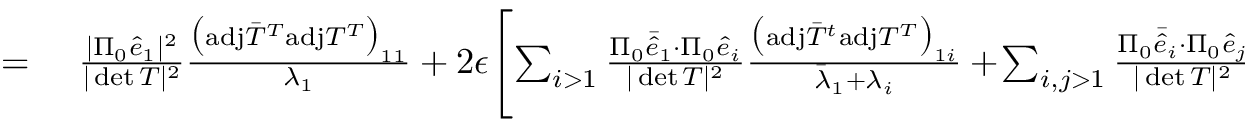
\begin{array} { r l } { = } & { { } ~ \frac { \vert \Pi _ { 0 } \hat { e } _ { 1 } \vert ^ { 2 } } { \vert \operatorname* { d e t } T \vert ^ { 2 } } \frac { \big ( \mathrm { a d j } \bar { T } ^ { T } \mathrm { a d j } T ^ { T } \big ) _ { 1 1 } } { \lambda _ { 1 } } + 2 \epsilon \! \left[ \sum _ { i > 1 } \frac { \Pi _ { 0 } \bar { \hat { e } } _ { 1 } \cdot \Pi _ { 0 } \hat { e } _ { i } } { \vert \operatorname* { d e t } T \vert ^ { 2 } } \frac { \big ( \mathrm { a d j } \bar { T } ^ { t } \mathrm { a d j } T ^ { T } \big ) _ { 1 i } } { \bar { \lambda } _ { 1 } + \lambda _ { i } } + \! \sum _ { i , j > 1 } \frac { \Pi _ { 0 } \bar { \hat { e } } _ { i } \cdot \Pi _ { 0 } \hat { e } _ { j } } { \vert \operatorname* { d e t } T \vert ^ { 2 } } \frac { ( \mathrm { a d j } \bar { T } ^ { T } \mathrm { a d j } T ^ { T } ) _ { i j } } { \bar { \lambda } _ { i } + \lambda _ { j } } + \mathrm { c . c . } \right] . } \end{array}